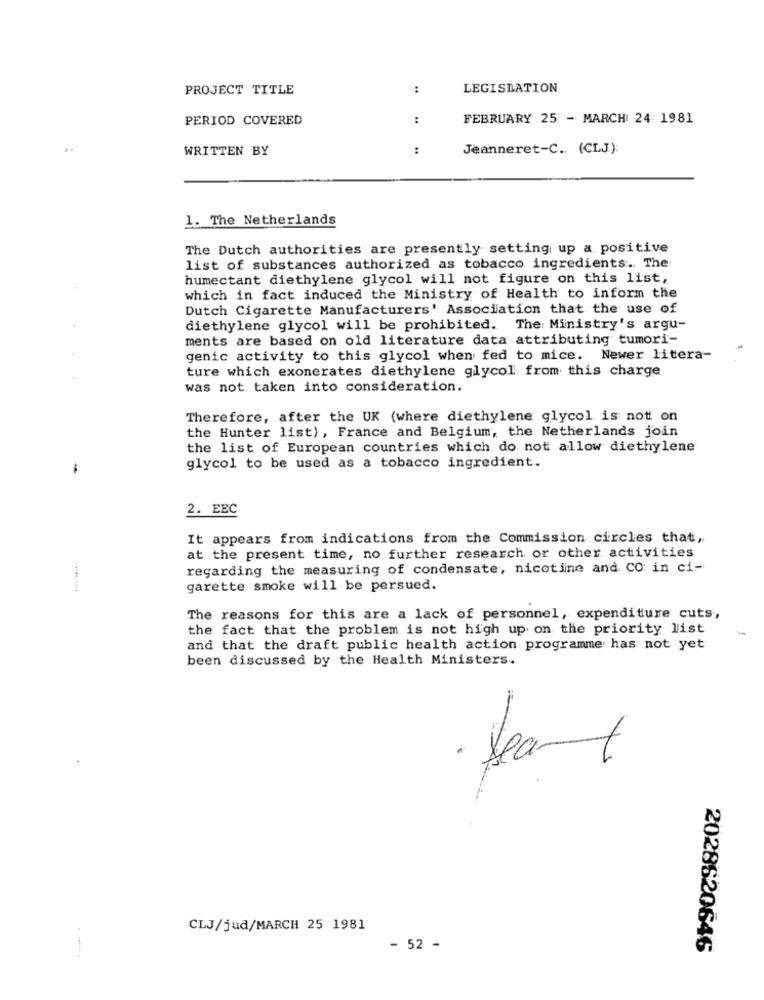
PROJECT TITLE
:
LEGISLATION
PERIOD COVERED
:
FEBRUARY 25 - MARCH 24 1981
..
WRITTEN BY
:
Jeanneret-C. (CLJ):
1. The Netherlands
The Dutch authorities are presently setting up a positive
list of substances authorized as tobacco ingredients :. The
humectant diethylene glycol will not figure on this list,
which in fact induced the Ministry of Health to inform the
Dutch Cigarette Manufacturers' Association that the use of
diethylene glycol will be prohibited. The Ministry's argu-
ments are based on old literature data attributing tumori-
genic activity to this glycol when fed to mice. Newer litera-
ture which exonerates diethylene glycol from this charge
was not taken into consideration.
Therefore, after the UK (where diethylene glycol is not on
the Hunter list), France and Belgium, the Netherlands join
the list of European countries which do not allow diethylene
-
glycol to be used as a tobacco ingredient.
2. EEC
It appears from indications from the Commission circles that,
at the present time, no further research or other activities
regarding the measuring of condensate, nicotine and CO in ci-
garette smoke will be persued.
The reasons for this are a lack of personnel, expenditure cuts,
the fact that the problem is not high up on the priority list
and that the draft public health action programme: has not yet
been discussed by the Health Ministers.
Sea-
CLJ/jud/MARCH 25 1981
- 52 -
2028620646